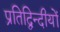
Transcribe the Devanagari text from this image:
प्रतिद्विन्दीयों